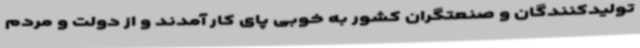
تولیدکنندگان و صنعتگران کشور به خوبی پای کار آمدند و از دولت و مردم